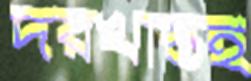
দরখাস্তই